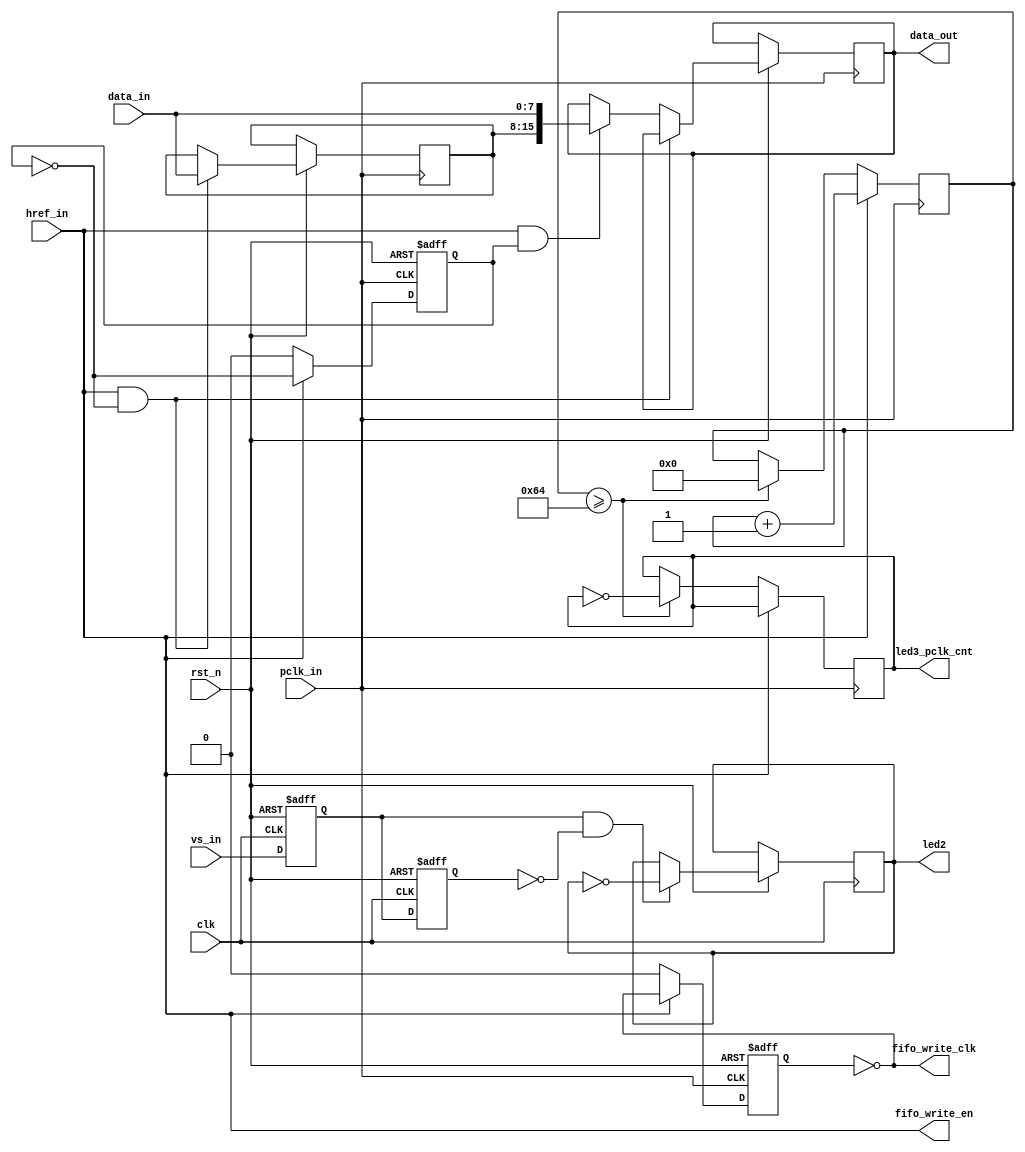
module CMOS_get_data
(
	input clk,
	input rst_n,
	
	input	vs_in,
	input	href_in,
	input	pclk_in,
	input	[7:0]data_in/*synthesis noprune*/,
	
	output	reg led2,
	output	reg led3_pclk_cnt,
	output	fifo_write_clk,
	output	fifo_write_en,
	output	reg [15:0]data_out

);
assign 	fifo_write_en = href_in;
assign	fifo_write_clk = ~bit_counter;

reg [31:0]counter;
always @(posedge pclk_in)begin
	if(href_in)begin
		counter <= counter + 32'b1;
	end
	else begin
		if(counter >= 32'd100)begin
			led3_pclk_cnt <= ~led3_pclk_cnt;
			counter <= 32'b0;
		end
	end
end


reg buff000,buff111;
always @(posedge clk or negedge rst_n)
	if(!rst_n)begin
		buff000 <= 0;
		buff111 <= 0;
		end
	else
		begin
			buff000 <= vs_in;
			buff111 <= buff000;
			if(buff000&~buff111)//posedge   of init_ov
				led2 <= ~led2;//next clk will set send_buff to 1
//			else
//				led2 <= 1'b0;
		end
		
/*****************************************************************************************
******************************************************************************************/
reg bit_counter_neg;		
always @(negedge pclk_in or negedge rst_n)begin
	if(!rst_n)
		bit_counter_neg <= 0;
	else if(href_in)begin
		bit_counter_neg <= ~bit_counter_neg;
	end
	else
		bit_counter_neg <= 1'b0;	
end
	

reg bit_counter;
always @(posedge pclk_in or negedge rst_n)begin
	if(!rst_n)
		bit_counter <= 0;
	else if(href_in)begin
		bit_counter <= ~bit_counter;
	end
	else
		bit_counter <= 1'b0;		
end
reg [7:0]data_in_buff;
always @(posedge pclk_in or negedge rst_n)begin
	if(!rst_n)
	;
	else if(href_in && (bit_counter_neg == 0))
		 data_in_buff 	<= data_in;
	else if(href_in && (bit_counter_neg == 1))
		data_out			<= {data_in_buff,data_in};
end

endmodule